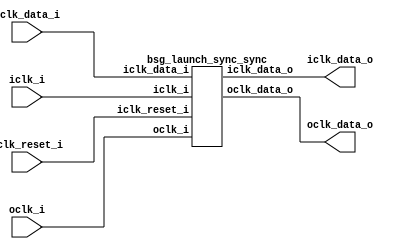


module top
(
  iclk_i,
  iclk_reset_i,
  oclk_i,
  iclk_data_i,
  iclk_data_o,
  oclk_data_o
);

  input [15:0] iclk_data_i;
  output [15:0] iclk_data_o;
  output [15:0] oclk_data_o;
  input iclk_i;
  input iclk_reset_i;
  input oclk_i;

  bsg_launch_sync_sync
  wrapper
  (
    .iclk_data_i(iclk_data_i),
    .iclk_data_o(iclk_data_o),
    .oclk_data_o(oclk_data_o),
    .iclk_i(iclk_i),
    .iclk_reset_i(iclk_reset_i),
    .oclk_i(oclk_i)
  );


endmodule



module bsg_launch_sync_sync_posedge_8_unit
(
  iclk_i,
  iclk_reset_i,
  oclk_i,
  iclk_data_i,
  iclk_data_o,
  oclk_data_o
);

  input [7:0] iclk_data_i;
  output [7:0] iclk_data_o;
  output [7:0] oclk_data_o;
  input iclk_i;
  input iclk_reset_i;
  input oclk_i;
  wire [7:0] iclk_data_o,oclk_data_o,bsg_SYNC_1_r;
  reg iclk_data_o_7_sv2v_reg,iclk_data_o_6_sv2v_reg,iclk_data_o_5_sv2v_reg,
  iclk_data_o_4_sv2v_reg,iclk_data_o_3_sv2v_reg,iclk_data_o_2_sv2v_reg,
  iclk_data_o_1_sv2v_reg,iclk_data_o_0_sv2v_reg,bsg_SYNC_1_r_7_sv2v_reg,bsg_SYNC_1_r_6_sv2v_reg,
  bsg_SYNC_1_r_5_sv2v_reg,bsg_SYNC_1_r_4_sv2v_reg,bsg_SYNC_1_r_3_sv2v_reg,
  bsg_SYNC_1_r_2_sv2v_reg,bsg_SYNC_1_r_1_sv2v_reg,bsg_SYNC_1_r_0_sv2v_reg,oclk_data_o_7_sv2v_reg,
  oclk_data_o_6_sv2v_reg,oclk_data_o_5_sv2v_reg,oclk_data_o_4_sv2v_reg,
  oclk_data_o_3_sv2v_reg,oclk_data_o_2_sv2v_reg,oclk_data_o_1_sv2v_reg,oclk_data_o_0_sv2v_reg;
  assign iclk_data_o[7] = iclk_data_o_7_sv2v_reg;
  assign iclk_data_o[6] = iclk_data_o_6_sv2v_reg;
  assign iclk_data_o[5] = iclk_data_o_5_sv2v_reg;
  assign iclk_data_o[4] = iclk_data_o_4_sv2v_reg;
  assign iclk_data_o[3] = iclk_data_o_3_sv2v_reg;
  assign iclk_data_o[2] = iclk_data_o_2_sv2v_reg;
  assign iclk_data_o[1] = iclk_data_o_1_sv2v_reg;
  assign iclk_data_o[0] = iclk_data_o_0_sv2v_reg;
  assign bsg_SYNC_1_r[7] = bsg_SYNC_1_r_7_sv2v_reg;
  assign bsg_SYNC_1_r[6] = bsg_SYNC_1_r_6_sv2v_reg;
  assign bsg_SYNC_1_r[5] = bsg_SYNC_1_r_5_sv2v_reg;
  assign bsg_SYNC_1_r[4] = bsg_SYNC_1_r_4_sv2v_reg;
  assign bsg_SYNC_1_r[3] = bsg_SYNC_1_r_3_sv2v_reg;
  assign bsg_SYNC_1_r[2] = bsg_SYNC_1_r_2_sv2v_reg;
  assign bsg_SYNC_1_r[1] = bsg_SYNC_1_r_1_sv2v_reg;
  assign bsg_SYNC_1_r[0] = bsg_SYNC_1_r_0_sv2v_reg;
  assign oclk_data_o[7] = oclk_data_o_7_sv2v_reg;
  assign oclk_data_o[6] = oclk_data_o_6_sv2v_reg;
  assign oclk_data_o[5] = oclk_data_o_5_sv2v_reg;
  assign oclk_data_o[4] = oclk_data_o_4_sv2v_reg;
  assign oclk_data_o[3] = oclk_data_o_3_sv2v_reg;
  assign oclk_data_o[2] = oclk_data_o_2_sv2v_reg;
  assign oclk_data_o[1] = oclk_data_o_1_sv2v_reg;
  assign oclk_data_o[0] = oclk_data_o_0_sv2v_reg;

  always @(posedge iclk_i) begin
    if(iclk_reset_i) begin
      iclk_data_o_7_sv2v_reg <= 1'b0;
      iclk_data_o_6_sv2v_reg <= 1'b0;
      iclk_data_o_5_sv2v_reg <= 1'b0;
      iclk_data_o_4_sv2v_reg <= 1'b0;
      iclk_data_o_3_sv2v_reg <= 1'b0;
      iclk_data_o_2_sv2v_reg <= 1'b0;
      iclk_data_o_1_sv2v_reg <= 1'b0;
      iclk_data_o_0_sv2v_reg <= 1'b0;
    end else if(1'b1) begin
      iclk_data_o_7_sv2v_reg <= iclk_data_i[7];
      iclk_data_o_6_sv2v_reg <= iclk_data_i[6];
      iclk_data_o_5_sv2v_reg <= iclk_data_i[5];
      iclk_data_o_4_sv2v_reg <= iclk_data_i[4];
      iclk_data_o_3_sv2v_reg <= iclk_data_i[3];
      iclk_data_o_2_sv2v_reg <= iclk_data_i[2];
      iclk_data_o_1_sv2v_reg <= iclk_data_i[1];
      iclk_data_o_0_sv2v_reg <= iclk_data_i[0];
    end 
  end


  always @(posedge oclk_i) begin
    if(1'b1) begin
      bsg_SYNC_1_r_7_sv2v_reg <= iclk_data_o[7];
      bsg_SYNC_1_r_6_sv2v_reg <= iclk_data_o[6];
      bsg_SYNC_1_r_5_sv2v_reg <= iclk_data_o[5];
      bsg_SYNC_1_r_4_sv2v_reg <= iclk_data_o[4];
      bsg_SYNC_1_r_3_sv2v_reg <= iclk_data_o[3];
      bsg_SYNC_1_r_2_sv2v_reg <= iclk_data_o[2];
      bsg_SYNC_1_r_1_sv2v_reg <= iclk_data_o[1];
      bsg_SYNC_1_r_0_sv2v_reg <= iclk_data_o[0];
      oclk_data_o_7_sv2v_reg <= bsg_SYNC_1_r[7];
      oclk_data_o_6_sv2v_reg <= bsg_SYNC_1_r[6];
      oclk_data_o_5_sv2v_reg <= bsg_SYNC_1_r[5];
      oclk_data_o_4_sv2v_reg <= bsg_SYNC_1_r[4];
      oclk_data_o_3_sv2v_reg <= bsg_SYNC_1_r[3];
      oclk_data_o_2_sv2v_reg <= bsg_SYNC_1_r[2];
      oclk_data_o_1_sv2v_reg <= bsg_SYNC_1_r[1];
      oclk_data_o_0_sv2v_reg <= bsg_SYNC_1_r[0];
    end 
  end


endmodule



module bsg_launch_sync_sync
(
  iclk_i,
  iclk_reset_i,
  oclk_i,
  iclk_data_i,
  iclk_data_o,
  oclk_data_o
);

  input [15:0] iclk_data_i;
  output [15:0] iclk_data_o;
  output [15:0] oclk_data_o;
  input iclk_i;
  input iclk_reset_i;
  input oclk_i;
  wire [15:0] iclk_data_o,oclk_data_o;

  bsg_launch_sync_sync_posedge_8_unit
  \sync.p.maxb_0_.blss 
  (
    .iclk_i(iclk_i),
    .iclk_reset_i(iclk_reset_i),
    .oclk_i(oclk_i),
    .iclk_data_i(iclk_data_i[7:0]),
    .iclk_data_o(iclk_data_o[7:0]),
    .oclk_data_o(oclk_data_o[7:0])
  );


  bsg_launch_sync_sync_posedge_8_unit
  \sync.p.maxb_1_.blss 
  (
    .iclk_i(iclk_i),
    .iclk_reset_i(iclk_reset_i),
    .oclk_i(oclk_i),
    .iclk_data_i(iclk_data_i[15:8]),
    .iclk_data_o(iclk_data_o[15:8]),
    .oclk_data_o(oclk_data_o[15:8])
  );


endmodule